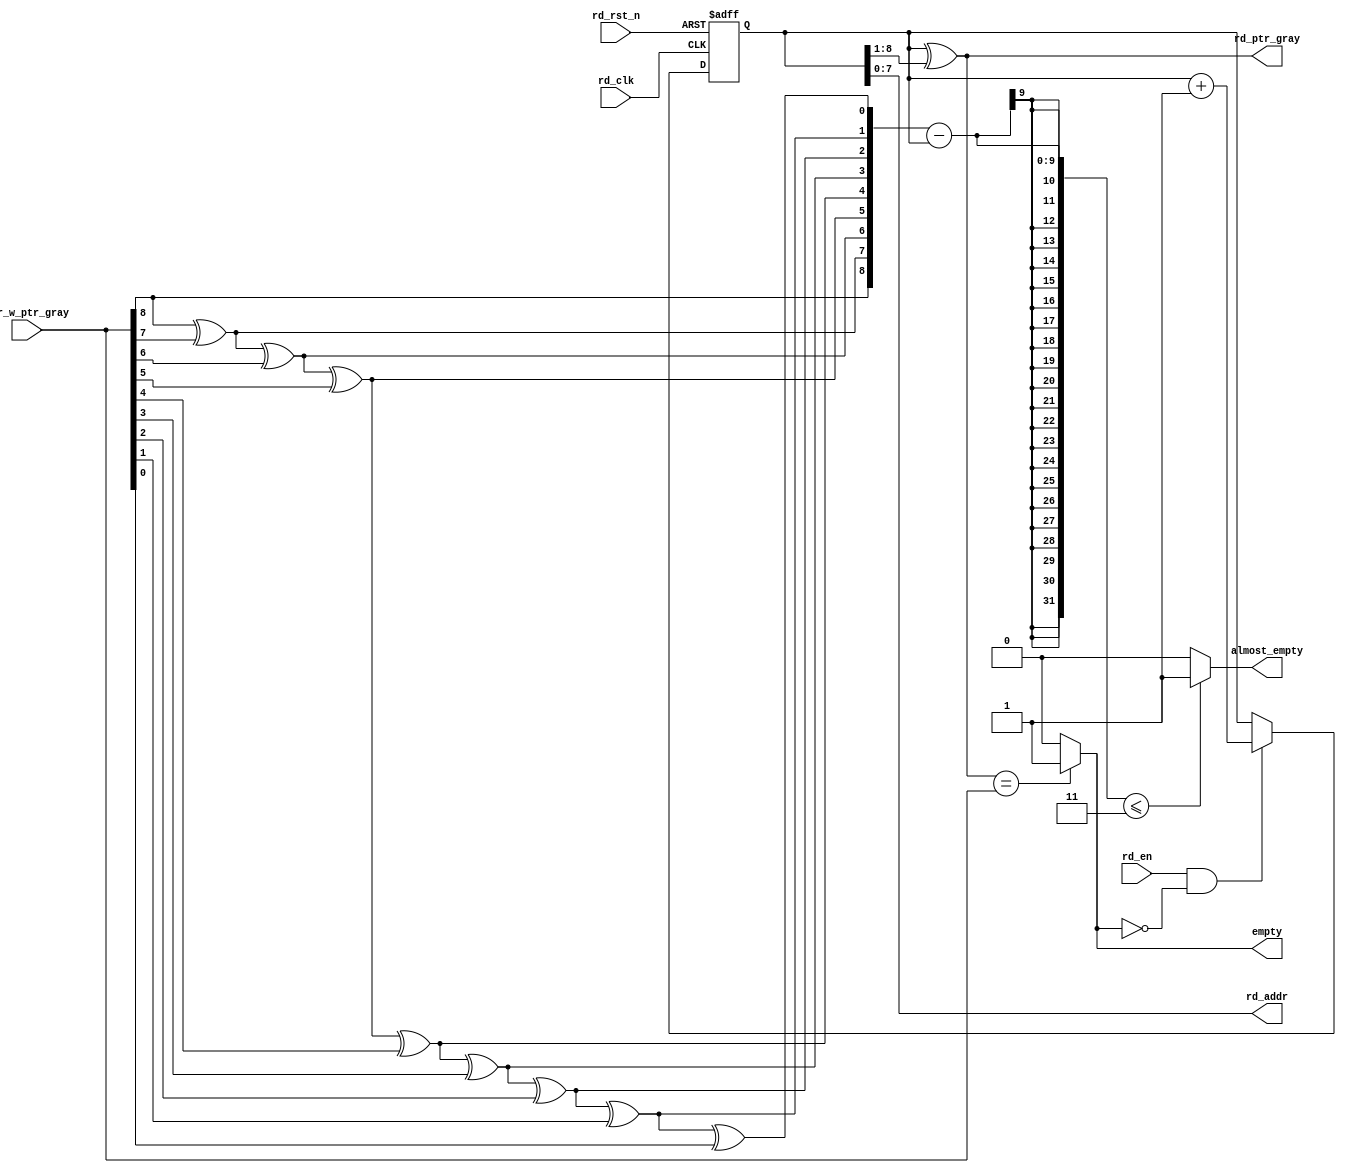
`timescale 1ns / 1ps
//////////////////////////////////////////////////////////////////////////////////
// Company: 
// Engineer: 
// 
// Design Name: 
// Module Name: rd_empty
// Project Name: 
// Target Devices: 
// Tool Versions: 
// Description: 
// 
// Dependencies: 
// 
// Revision:
// Revision 0.01 - File Created
// Additional Comments:
// 
//////////////////////////////////////////////////////////////////////////////////


module rd_empty #(
    parameter DATA_WIDTH = 16,
    parameter PTR_WIDTH  = 8,
    parameter ALMOST_EMPTY_GAP = 3  //3
)
(
    input  rd_clk,
    input  rd_rst_n,
    input  rd_en,
    input  [PTR_WIDTH:0] w2r_w_ptr_gray,    //
    output [PTR_WIDTH-1:0] rd_addr,         //fifo_mem
    output [PTR_WIDTH:0] rd_ptr_gray,       //
    output wire empty,
    output wire almost_empty
);
    reg [PTR_WIDTH:0] rd_ptr; //rd_addr   
    wire [PTR_WIDTH:0] rd_almost_ptr; //   
 
    
    //RAM
    assign rd_addr = rd_ptr[PTR_WIDTH-1:0];

    //
    assign rd_ptr_gray = rd_ptr ^ (rd_ptr>>1);

    //empty
    assign empty = (rd_ptr_gray == w2r_w_ptr_gray) ? 1'b1:1'b0;

    //
    assign rd_almost_ptr[PTR_WIDTH] = w2r_w_ptr_gray[PTR_WIDTH];
    genvar i;
    generate
        for(i=PTR_WIDTH-1;i>=0;i=i-1)begin:rdgray2bin  // <-- example block name
            assign rd_almost_ptr[i] = rd_almost_ptr[i+1] ^ w2r_w_ptr_gray[i];
        end
    endgenerate
    
    // fifo_almost_empty
    assign almost_empty = ((rd_almost_ptr - rd_ptr) <= ALMOST_EMPTY_GAP) ? 1'b1 : 1'b0;
    
    //
    always @(posedge rd_clk or negedge rd_rst_n) begin
        if (!rd_rst_n) begin
            rd_ptr <= 'b0;
        end
        else if(rd_en && !empty) begin
            rd_ptr <= rd_ptr + 1'b1;
        end
    end

    endmodule